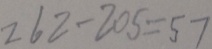
2 6 2 - 2 0 5 = 5 7